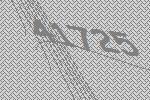
41725